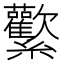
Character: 𰫻